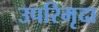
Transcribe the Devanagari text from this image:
उपरिमृदा